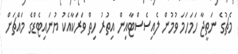
މެޗުގެ ނަތީޖާ ހަމަހަމަ ވުމުން ލެއިސެސްޓާއިން އިތުރު ހިތް ވަރަކާއެކު ޔުނައިޓެޑްގެ މައްޗަށް